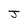
Character: J